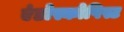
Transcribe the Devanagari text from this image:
एंडोस्कोपिस्ट